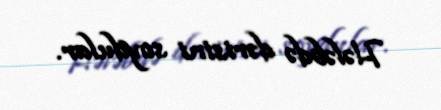
Hələbdə dərisini soydular.